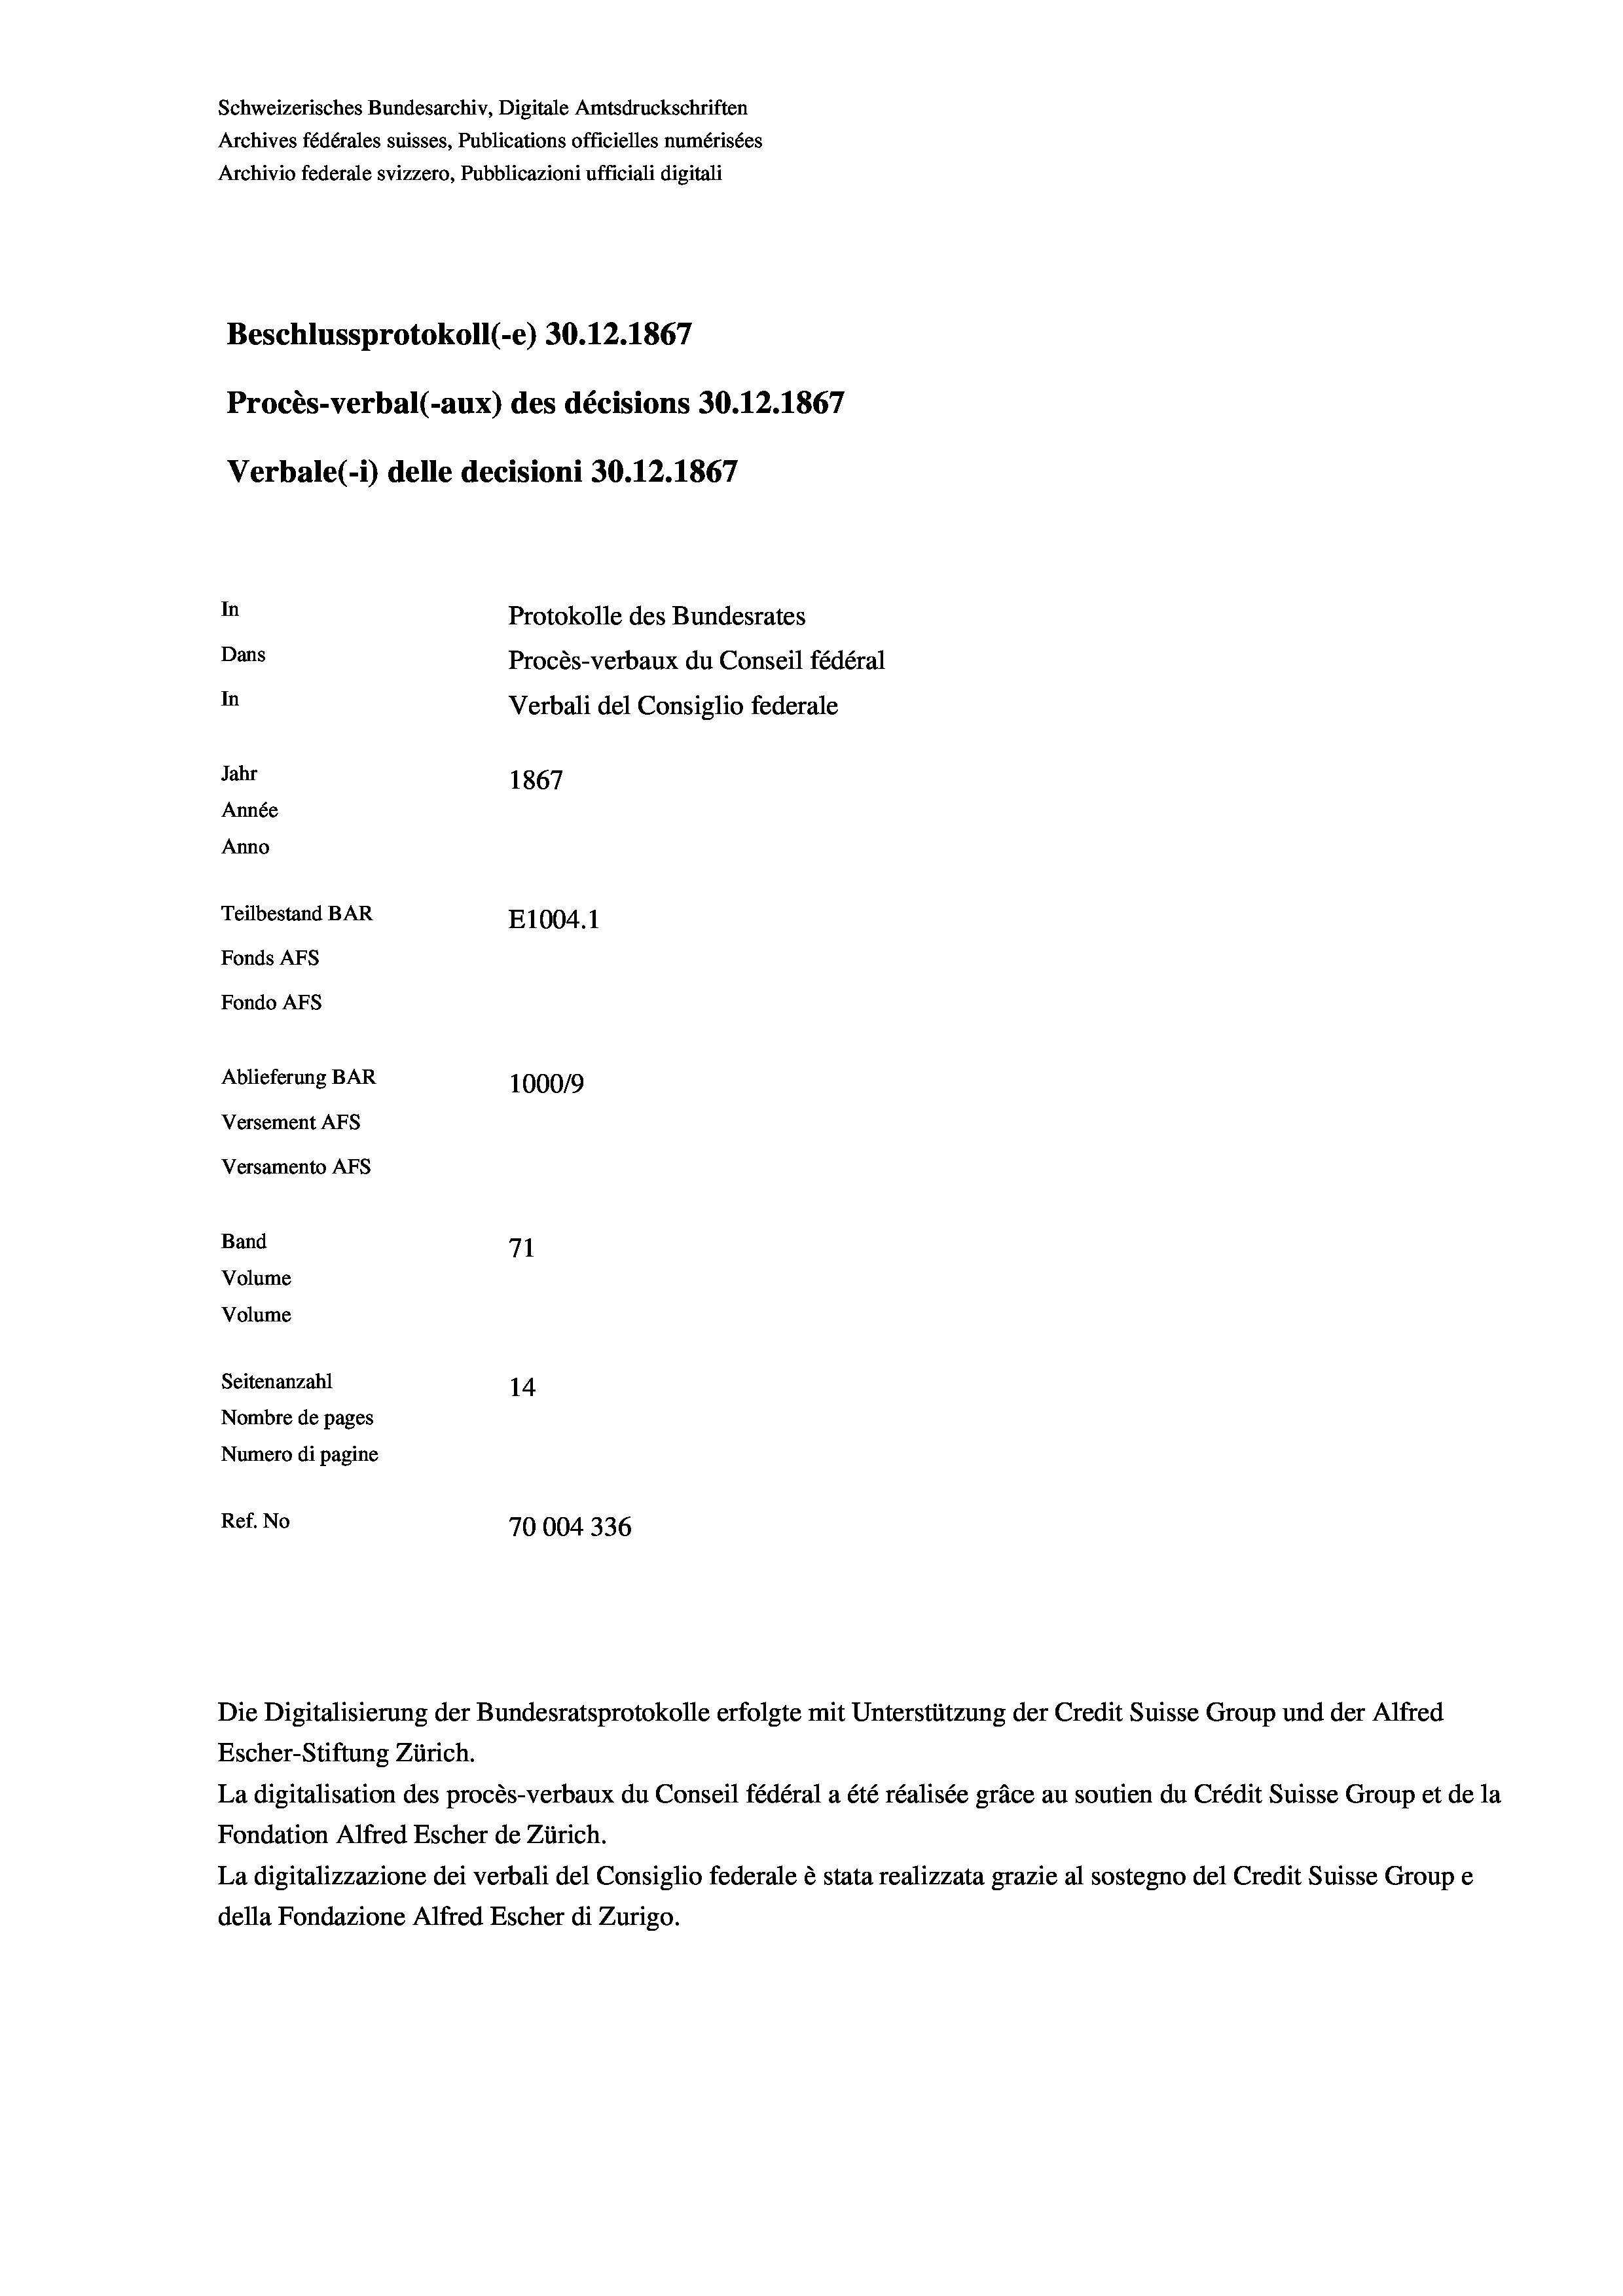
Schweizerisches Bundesarchiv, Digitale Amtsdruckschriften
Archives fédérales suisses, Publications officielles numérisées
Archivio federale svizzero, Pubblicazioni ufficiali digitali
Beschlussprotokoll (-e) 30.12.1867
Procès-verbal (-aux) des décisions 30.12.1867
Verbale(-*) delle decisioni 30.12.1867
In
Protokolle des Bundesrates
Dans
Procès-verbaux du Conseil fédéral
In
Verbali del Consiglio federale
Jahr
1867
Année
Anno
Teilbestand BAR
E1004. 1
Fonds Afs
Fondo AFs
Ablieferung BAR
1000/9
Versement Abs
Versamento Afs
Band
71
Volume
Volume

Seitenanzahl
14
Nombre de pages
Numero di pagine
Ref. No
70004336

Escher-Stiftung Zürich.
La digitalisation des procès-verbaux du Conseil fédéral a été réalisée gräce au soutien du Crédit Suisse Group et de la
Fondation Alfred Escher de Zürich.
La digitalizzazione dei verbali del Consiglio federale è stata realizzata grazie al sostegno del Credit Suisse Groupe
della Fondazione Alfred Escher di Zurigo.

Die Digitalisierung der Bundesratsprotokolle erfolgte mit Unterstützung der Credit Suisse Group und der Alfred